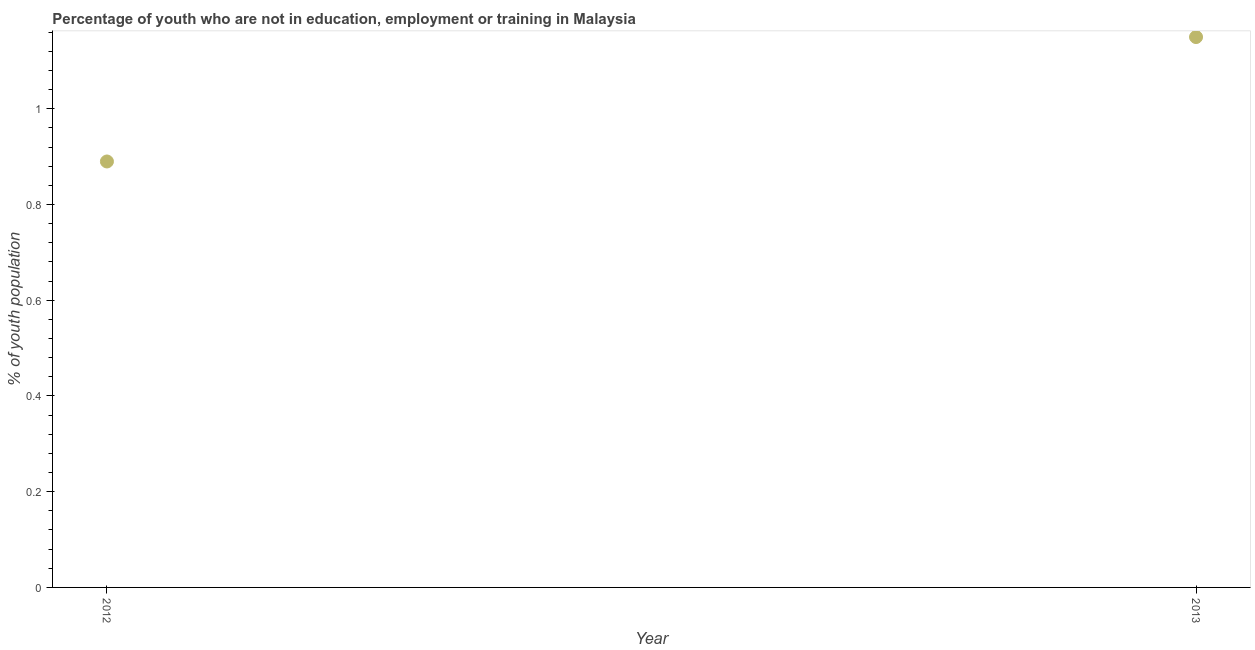
| Year | Unemployed youth |
 | --- | --- |
 | 2012 | 0.89 |
 | 2013 | 1.15 |